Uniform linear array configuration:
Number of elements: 12
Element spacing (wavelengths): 0.5
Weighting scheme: exponential
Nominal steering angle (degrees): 15
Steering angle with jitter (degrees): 14.447
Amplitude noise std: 0.05
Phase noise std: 0.05

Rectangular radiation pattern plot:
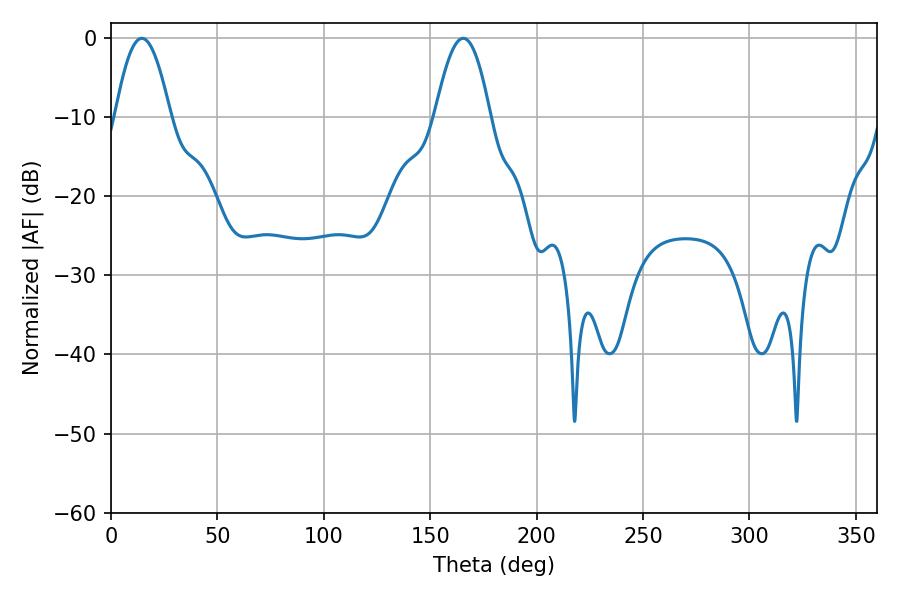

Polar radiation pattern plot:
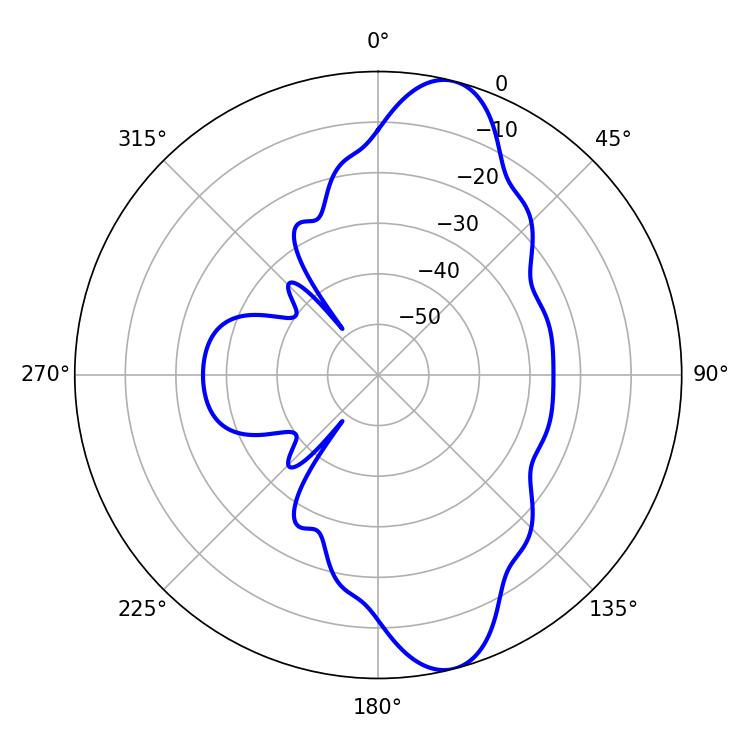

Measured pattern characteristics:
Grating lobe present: FALSE
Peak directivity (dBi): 11.306
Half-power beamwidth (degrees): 14.04
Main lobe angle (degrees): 14.4